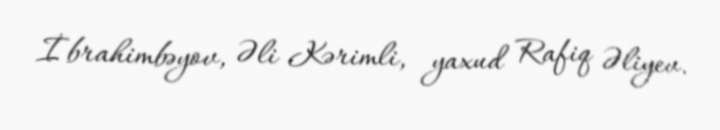
İbrahimbəyov, Əli Kərimli, yaxud Rafiq Əliyev.